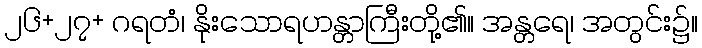
၂၆+၂၇+ ဂရတံ၊ နိုးသောရဟန္တာကြီးတို့၏။ အန္တရေ၊ အတွင်း၌။